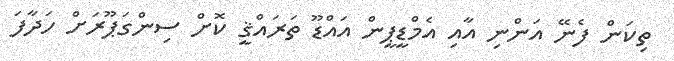
ތިކަން ފެނޭ އަންނި އާއި އެމްޑީޕީން އައްޑޫ ތަރައްޤީ ކޮށް ސިންގަޕޫރަށް ހަދާފަ